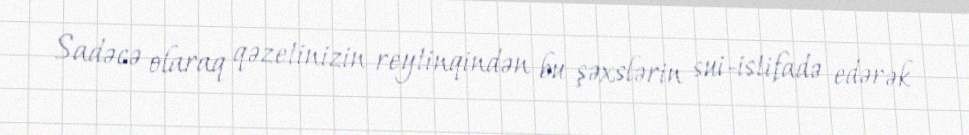
Sadəcə olaraq qəzetinizin reytinqindən bu şəxslərin sui-istifadə edərək